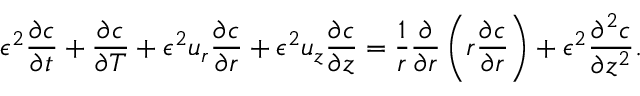
\epsilon ^ { 2 } \frac { \partial c } { \partial t } + \frac { \partial c } { \partial T } + \epsilon ^ { 2 } u _ { r } \frac { \partial c } { \partial r } + \epsilon ^ { 2 } u _ { z } \frac { \partial c } { \partial z } = \frac { 1 } { r } \frac { \partial } { \partial r } \left( r \frac { \partial c } { \partial r } \right) + \epsilon ^ { 2 } \frac { \partial ^ { 2 } c } { \partial z ^ { 2 } } .